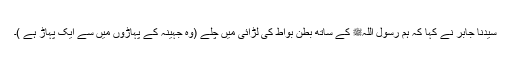
سیدنا جابرؓ نے کہا کہ ہم رسول اللہﷺ کے ساتھ بطن بواط کی لڑائی میں چلے (وہ جہینہ کے پہاڑوں میں سے ایک پہاڑ ہے )۔